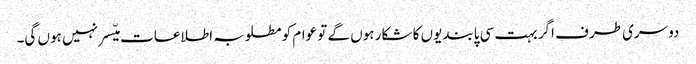
دوسری طرف اگر بہت سی پابندیوں کا شکار ہوں گے تو عوام کو مطلوبہ اطلاعات میّسر نہیں ہوں گی۔